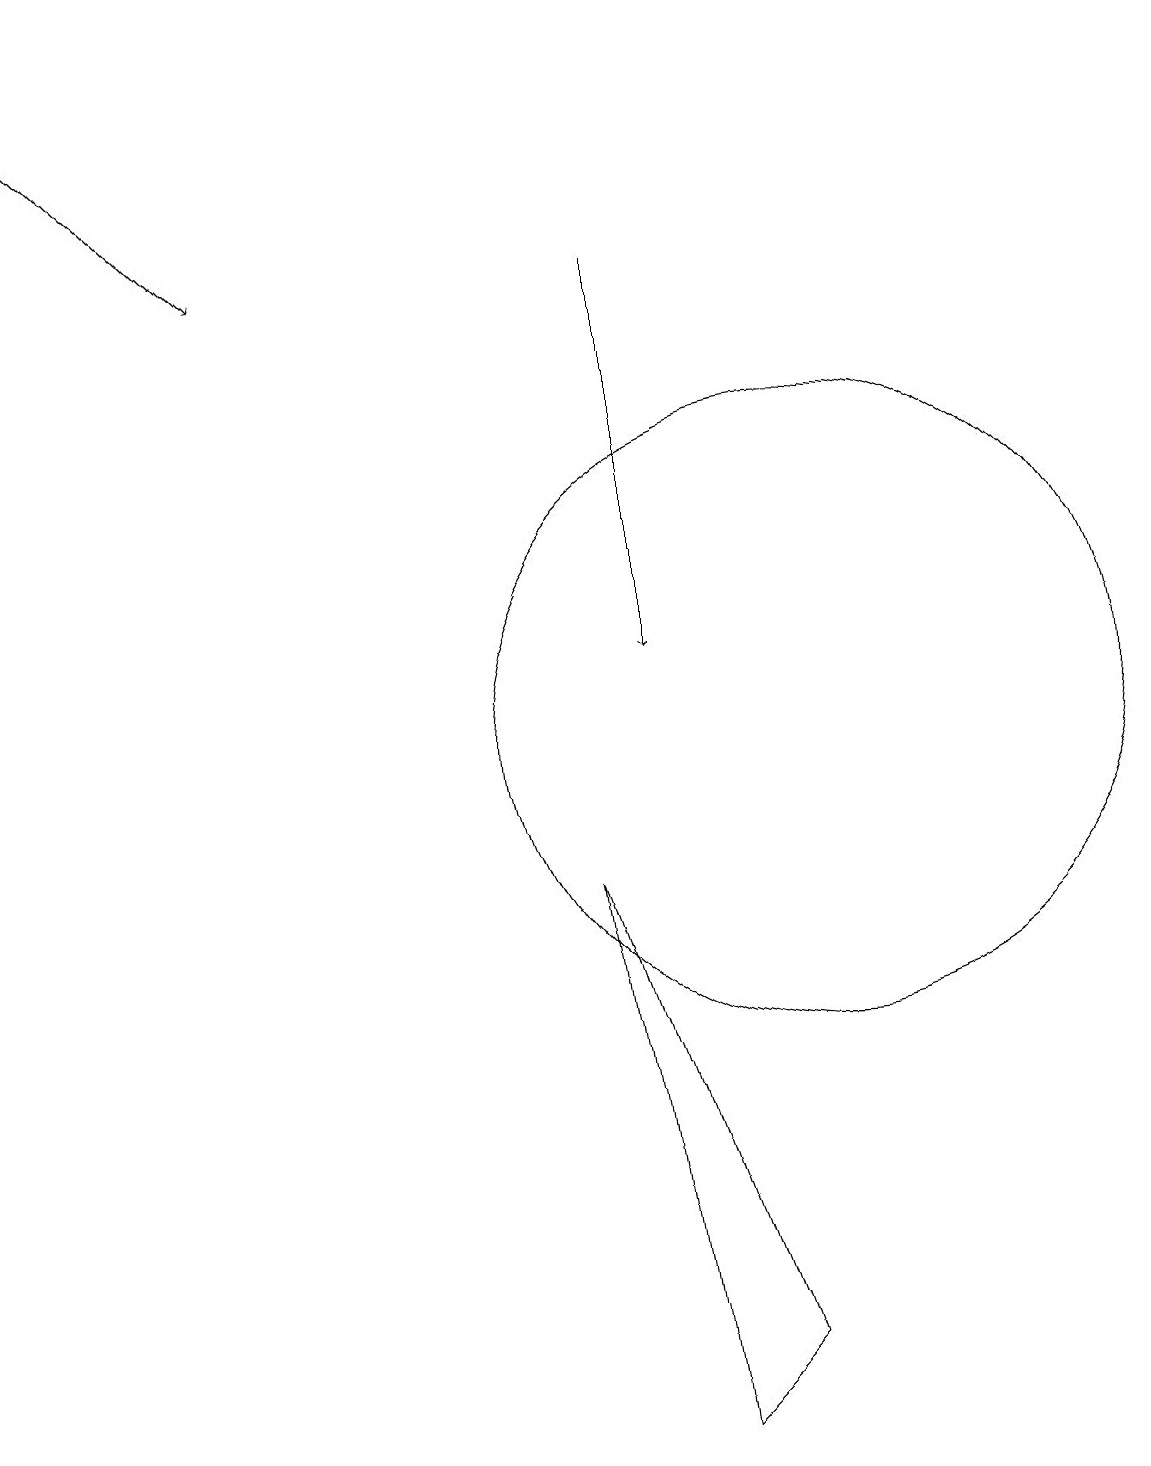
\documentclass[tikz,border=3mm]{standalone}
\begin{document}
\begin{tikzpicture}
\draw[->] (0,19) -- (3,16);
\draw (10,10) circle (4);
\draw[->] (8,16) -- (8,11);
\draw (9,2) -- (8,1) -- (7,8) -- cycle;
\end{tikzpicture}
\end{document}